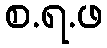
စ.ရ.ဖ